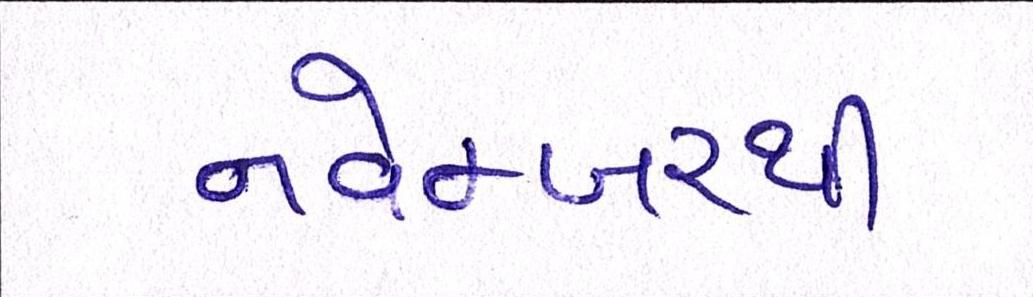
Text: નવેમ્બરથી